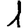
Digit: 1